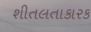
શીતલતાકારક